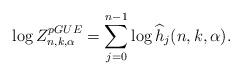
LaTeX: \begin{align*}\log Z_{n,k,\alpha}^{pGUE}= \sum_{j=0}^{n-1}\log \widehat h_j(n,k,\alpha).\end{align*}